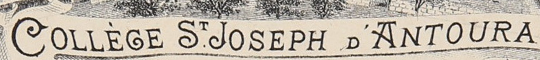
COLLEGE ST JOSEPH D'ANTOURA